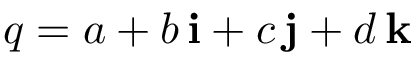
q = a + b \, \mathbf { i } + c \, \mathbf { j } + d \, \mathbf { k }